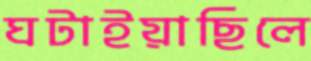
ঘটাইয়াছিলে